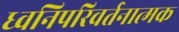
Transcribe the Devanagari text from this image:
ध्वनिपरिवर्तनात्मक